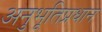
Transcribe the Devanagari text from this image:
अनुभूतिप्रधान